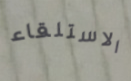
الاستلقاء